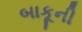
બાકૂની